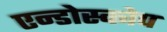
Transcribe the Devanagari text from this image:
एन्डोस्कोप